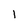
Character: 1